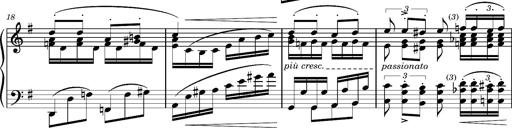
Title: Album-Leaf "Andante religioso"
Composer: Franz Liszt
Key: G major